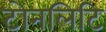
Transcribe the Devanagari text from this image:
टोनलिटि